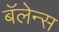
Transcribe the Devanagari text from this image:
बॅलेन्स